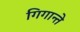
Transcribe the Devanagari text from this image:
गिगान्ते